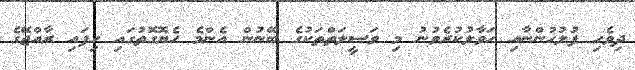
ދިވެހި ފުލުހުންނާއި ހަވާލުކުރެވުނު މި ވަސީލަތްތަކުގެ ބޭނުން އެންމެ ހެޔޮގޮތުގައި ހިފައި ރާއްޖޭގެ